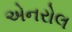
એનરોલ